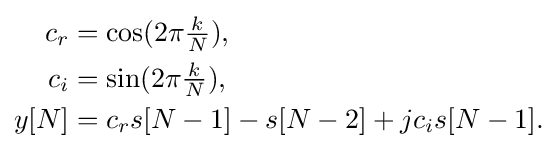
{\begin{aligned}c_{r}&=\cos(2\pi {\tfrac {k}{N}}),\\c_{i}&=\sin(2\pi {\tfrac {k}{N}}),\\y[N]&=c_{r}s[N-1]-s[N-2]+jc_{i}s[N-1].\end{aligned}}